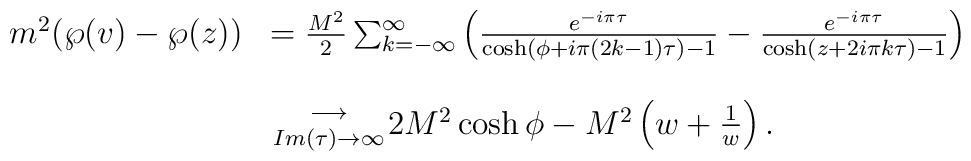
\begin{array}{rl}m\sp2(\wp(v)-\wp(z))&=\frac{M\sp2}{2}\sum_{k=-\infty}\sp{\infty}\left(\frac{e\sp{-i\pi\tau}}{\cosh(\phi+i\pi (2k-1)\tau)-1}-\frac{e\sp{-i\pi\tau}}{\cosh(z+2i\pi k\tau)-1}\right)\\\\&{\longrightarrow \atop {Im(\tau)\rightarrow\infty} }2 M\sp2\cosh\phi-M\sp2\left(w+\frac{1}{w}\right).\end{array}